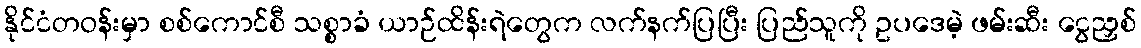
နိုင်ငံတဝန်းမှာ စစ်ကောင်စီ သစ္စာခံ ယာဉ်ထိန်းရဲတွေက လက်နက်ပြပြီး ပြည်သူကို ဥပဒေမဲ့ ဖမ်းဆီး ငွေညှစ်